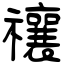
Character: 禳